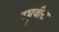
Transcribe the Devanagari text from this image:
रघुवीरा